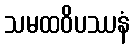
သမထဝိပဿနံ